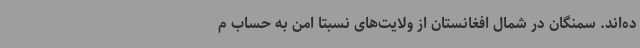
ده‌اند. سمنگان در شمال افغانستان از ولایت‌های نسبتا امن به حساب م